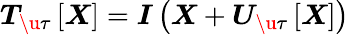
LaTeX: \boldsymbol{T}_{\u{\tau}}\left[\boldsymbol{X}\right]=\boldsymbol{I}\left(\boldsymbol{X}+\boldsymbol{U}_{\u{\tau}}\left[\boldsymbol{X}\right]\right)